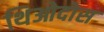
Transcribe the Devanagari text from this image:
थिओदोस